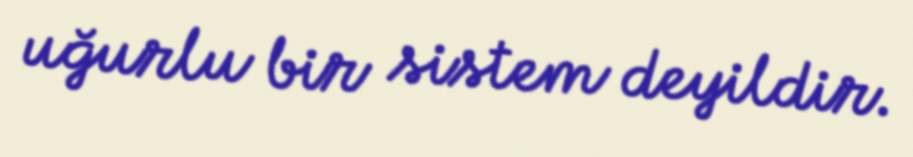
uğurlu bir sistem deyildir.